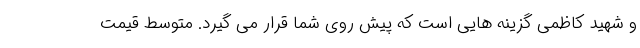
و شهید کاظمی گزینه هایی است که پیش روی شما قرار می گیرد. متوسط قیمت